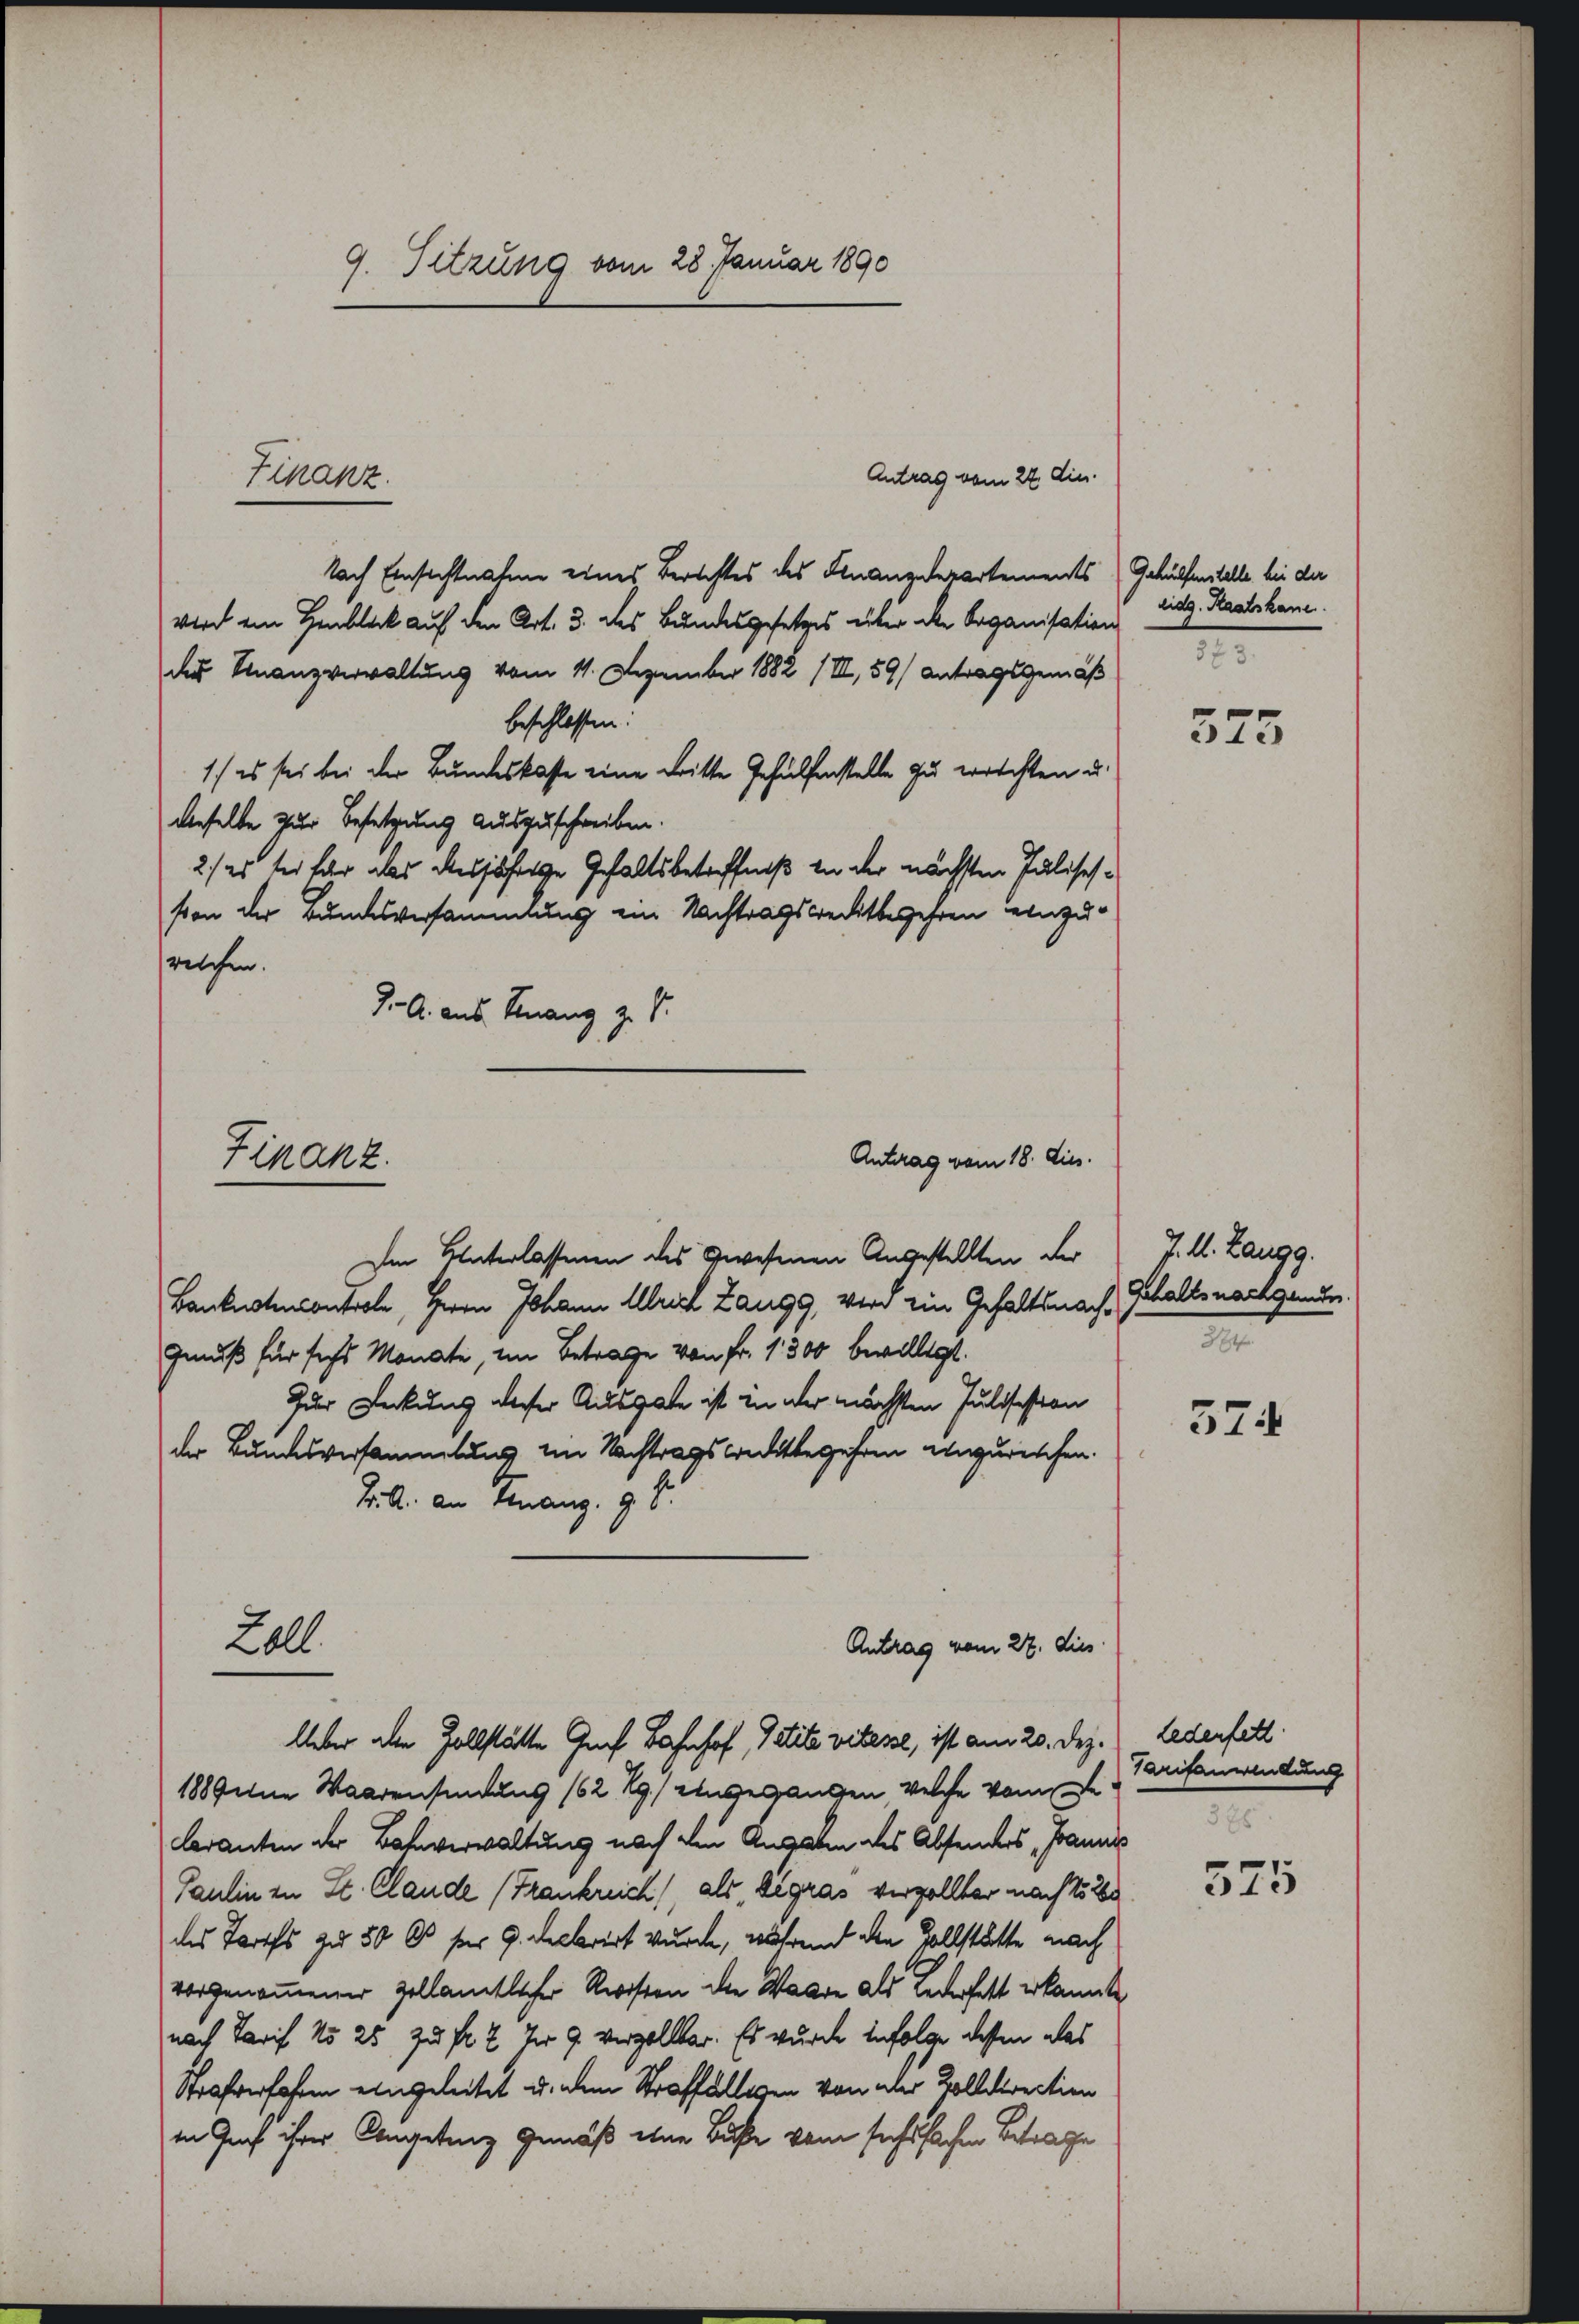
9. Sitzung vom 28. Januar 1890

Antrag vom 22. die.
Nach Einsichtnahme eines Berichtes des Finanzdepartements
wird ein Henblick auf den Art. 3. des Bundesgesetzes über die Organisation
der Finanzverwaltung vom 11. Dezember 1882 (III, 59/ Antragsgemäß
beschlossen.
1) es sei bei der Bundeskaste eine dritte Gehülfenstelle zu errechten u.
dieselbe zur Besetzung auszuschreiben.
2) es sei für das diesjährige Gehaltsbetreffniß an der nächsten Julisehsion der Bundesversammlung ein Nachtragskreditbegehren einzu¬
Im Unterlassenen des gewesenen Angestellten der
Banknotencontrole, Herrn Johann Ulrich Zangg, von ein Gehaltsnach¬
Genuß für sichs Monate, im Betrage von Fr. 1300 bewilligt.
Zur Deckung dieser Ausgabe ist in der nächsten Julifestion
der Bundesversammlung im Nachtrags weitbegehren einzurichen.
Brill an Genanz. 9. d.
Lall
Antrag vom 27. dies
Ueber aller Zollstätte Graf Bahnhof, Petite vitesse, ist am 20. Dez.
1889 eine Waarensinung 162 Rg.) eingegangen, welche vom Deleranten der Bahnverwaltung nach den Angaben des Absenders Joanni
Paulin in St. Claude (Frankreich, als Sigras vergollter nach No 26
das Torfs zu 50 l. für 9. Decbrirt wurde, während den Zollstätte nach
vorgenommener Zollamtlicher Reisten die Wagen als Lederfett erkannte
nach Tarif No 25 zu fr. 2. Im 9. verzollbar. Es wurde infolge dessen das
Strafverfahren eingeleitet u. dem Straffälligen von der Zolldirection
in Graf ihrer Angetanz Gemäß eine Buße vom sechssachen Betrage

Finanz

welchen.
J. A. aus. Finanz z. S.
Antrag vom 18. dies.
Finanz.

Gehülfenstelle bei der
eidg. Staatskane.
373.

325.

4 M. Langg.
Gehaltsnachgenden.
284.

574

Lederfett
Tarifanwendung
385
575